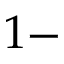
1 -